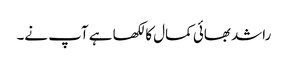
راشد بھائی کمال کا لکھا ہے آپ نے۔